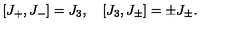
\left[ J _ { + } , J _ { - } \right] = J _ { 3 } , \quad \left[ J _ { 3 } , J _ { \pm } \right] = \pm J _ { \pm } .